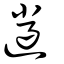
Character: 邋